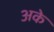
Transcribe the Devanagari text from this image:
अके